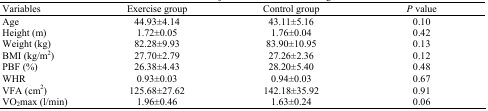
<table><thead><tr><td><b>Variables</b></td><td><b>Exercise group</b></td><td><b>Control group</b></td><td><b><i>P</i> value</b></td></tr></thead><tbody><tr><td>Age</td><td>44.93±4.14</td><td>43.11±5.16</td><td>0.10</td></tr><tr><td>Height (m)</td><td>1.72±0.05</td><td>1.76±0.04</td><td>0.42</td></tr><tr><td>Weight (kg)</td><td>82.28±9.93</td><td>83.90±10.95</td><td>0.13</td></tr><tr><td>BMI (kg/m<sup>2</sup>)</td><td>27.70±2.79</td><td>27.26±2.36</td><td>0.12</td></tr><tr><td>PBF (%)</td><td>26.38±4.43</td><td>28.20±5.40</td><td>0.48</td></tr><tr><td>WHR</td><td>0.93±0.03</td><td>0.94±0.03</td><td>0.67</td></tr><tr><td>VFA (cm<sup>2</sup>)</td><td>125.68±27.62</td><td>142.18±35.92</td><td>0.91</td></tr><tr><td>VO<sub>2</sub>max (l/min)</td><td>1.96±0.46</td><td>1.63±0.24</td><td>0.06</td></tr></tbody></table>